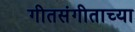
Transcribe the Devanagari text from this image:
गीतसंगीताच्या